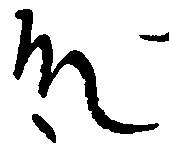
殿